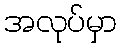
အလုပ်မှာ